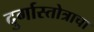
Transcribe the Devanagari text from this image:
दुर्गास्तोत्राचा